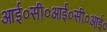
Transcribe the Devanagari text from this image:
आई०सी०आई०सी०आई०